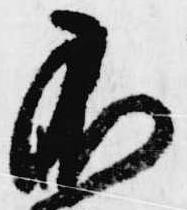
不